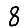
Digit: 8